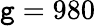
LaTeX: \mathtt{g}=980